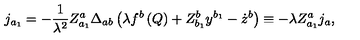
j _ { a _ { 1 } } = - \frac 1 { \lambda ^ { 2 } } Z _ { a _ { 1 } } ^ { a } \Delta _ { a b } \left( \lambda f ^ { b } \left( Q \right) + Z _ { b _ { 1 } } ^ { b } y ^ { b _ { 1 } } - \dot { z } ^ { b } \right) \equiv - \lambda Z _ { a _ { 1 } } ^ { a } j _ { a } ,